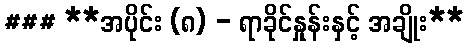
### **အပိုင်း (၈) - ရာခိုင်နှုန်းနှင့် အချိုး**